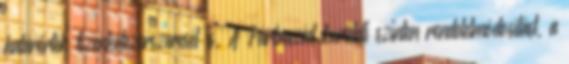
határérték tizenkétezerszeresét is. A Párbeszéd kerületi szinten rendeletmódosítást, a